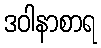
ဒဝါနာစာရ